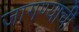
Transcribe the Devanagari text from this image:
जागण्याची